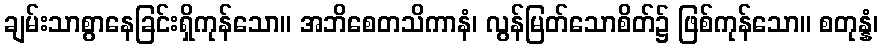
ချမ်းသာစွာနေခြင်းရှိကုန်သော။ အဘိစေတသိကာနံ၊ လွန်မြတ်သောစိတ်၌ ဖြစ်ကုန်သော။ စတုန္နံ၊